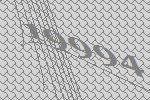
19994